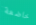
خاضعة